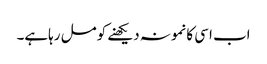
اب اسی کانمونہ دیکھنے کومل رہاہے۔